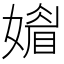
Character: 𡡾